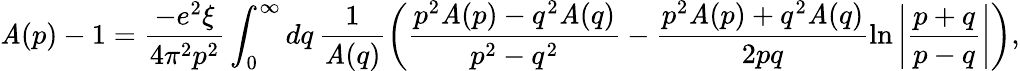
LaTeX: \mathit{A}(p)-1=\frac{{-e^{2}\xi}}{{4\pi^{2}p^{2}}}\int_{0}^{\infty}dq\, \frac{{1}}{{\mathit{A}(q)}}\left(\frac{{p^{2}\mathit{A}(p)-q^{2}\mathit{A}(q)}}{{p^{2}-q^{2}}}-\frac{{p^{2}\mathit{A}(p)+q^{2}\mathit{A}(q)}}{{2pq}}\ln\left|\frac{{p+q}}{{p-q}}\right|\right),